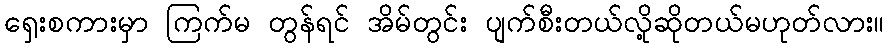
ရှေးစကားမှာ ကြက်မ တွန်ရင် အိမ်တွင်း ပျက်စီးတယ်လို့ဆိုတယ်မဟုတ်လား။